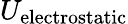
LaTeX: U_{\mathrm{electrostatic}}